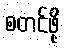
စတင်ဖို့